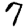
Digit: 7